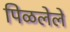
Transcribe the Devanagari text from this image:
पिळलेले